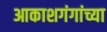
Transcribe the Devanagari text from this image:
आकाशगंगांच्या